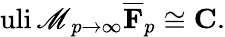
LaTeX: \operatorname{uli\mathscr{M}}_{p\to\infty}{\overline{{{\mathbf{{F}}}}}}_{p}\cong\mathbf{{C}}.